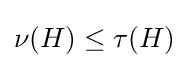
\nu (H)\leq \tau (H)